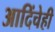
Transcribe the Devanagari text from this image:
आदिंचेही